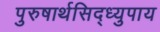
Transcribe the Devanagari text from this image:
पुरुषार्थसिद्ध्युपाय